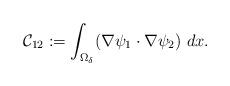
LaTeX: \begin{align*}\mathcal{C}_{12}:= \int_{\Omega_\delta}(\nabla \psi_1 \cdot\nabla \psi_2)~dx.\end{align*}